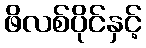
ဖိလစ်ပိုင်နှင့်